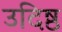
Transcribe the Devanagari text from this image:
उदिष्ठ